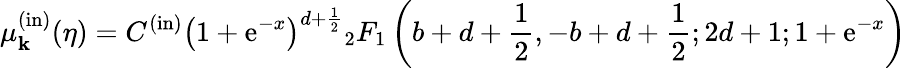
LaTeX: \mu_{\mathbf{k}}^{\mathrm{{(in)}}}(\eta)=C^{(\mathrm{{in)}}}\left(1+\mathrm{{e}}^{-x}\right)^{d+{\frac{{1}}{{2}}}}{}_{2}F_{1}\left(b+d+{\frac{{1}}{{2}}},-b+d+{\frac{{1}}{{2}}};2d+1;1+\mathrm{{e}}^{-x}\right)